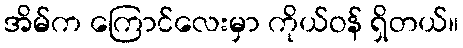
အိမ်က ကြောင်လေးမှာ ကိုယ်ဝန် ရှိတယ်။